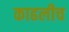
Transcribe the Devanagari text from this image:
काढलीच